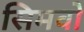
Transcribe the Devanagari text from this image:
सिमवो